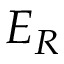
E _ { R }